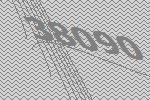
38090